Bréfritari: Stefanía Siggeirsdóttir
Viðtakandi: Páll Pálsson
Dagsetning: A-1865-06-05
Skrifað á: Hraungerði  Árn.
Stefanía var bróðurdóttir Páls Pálssonar

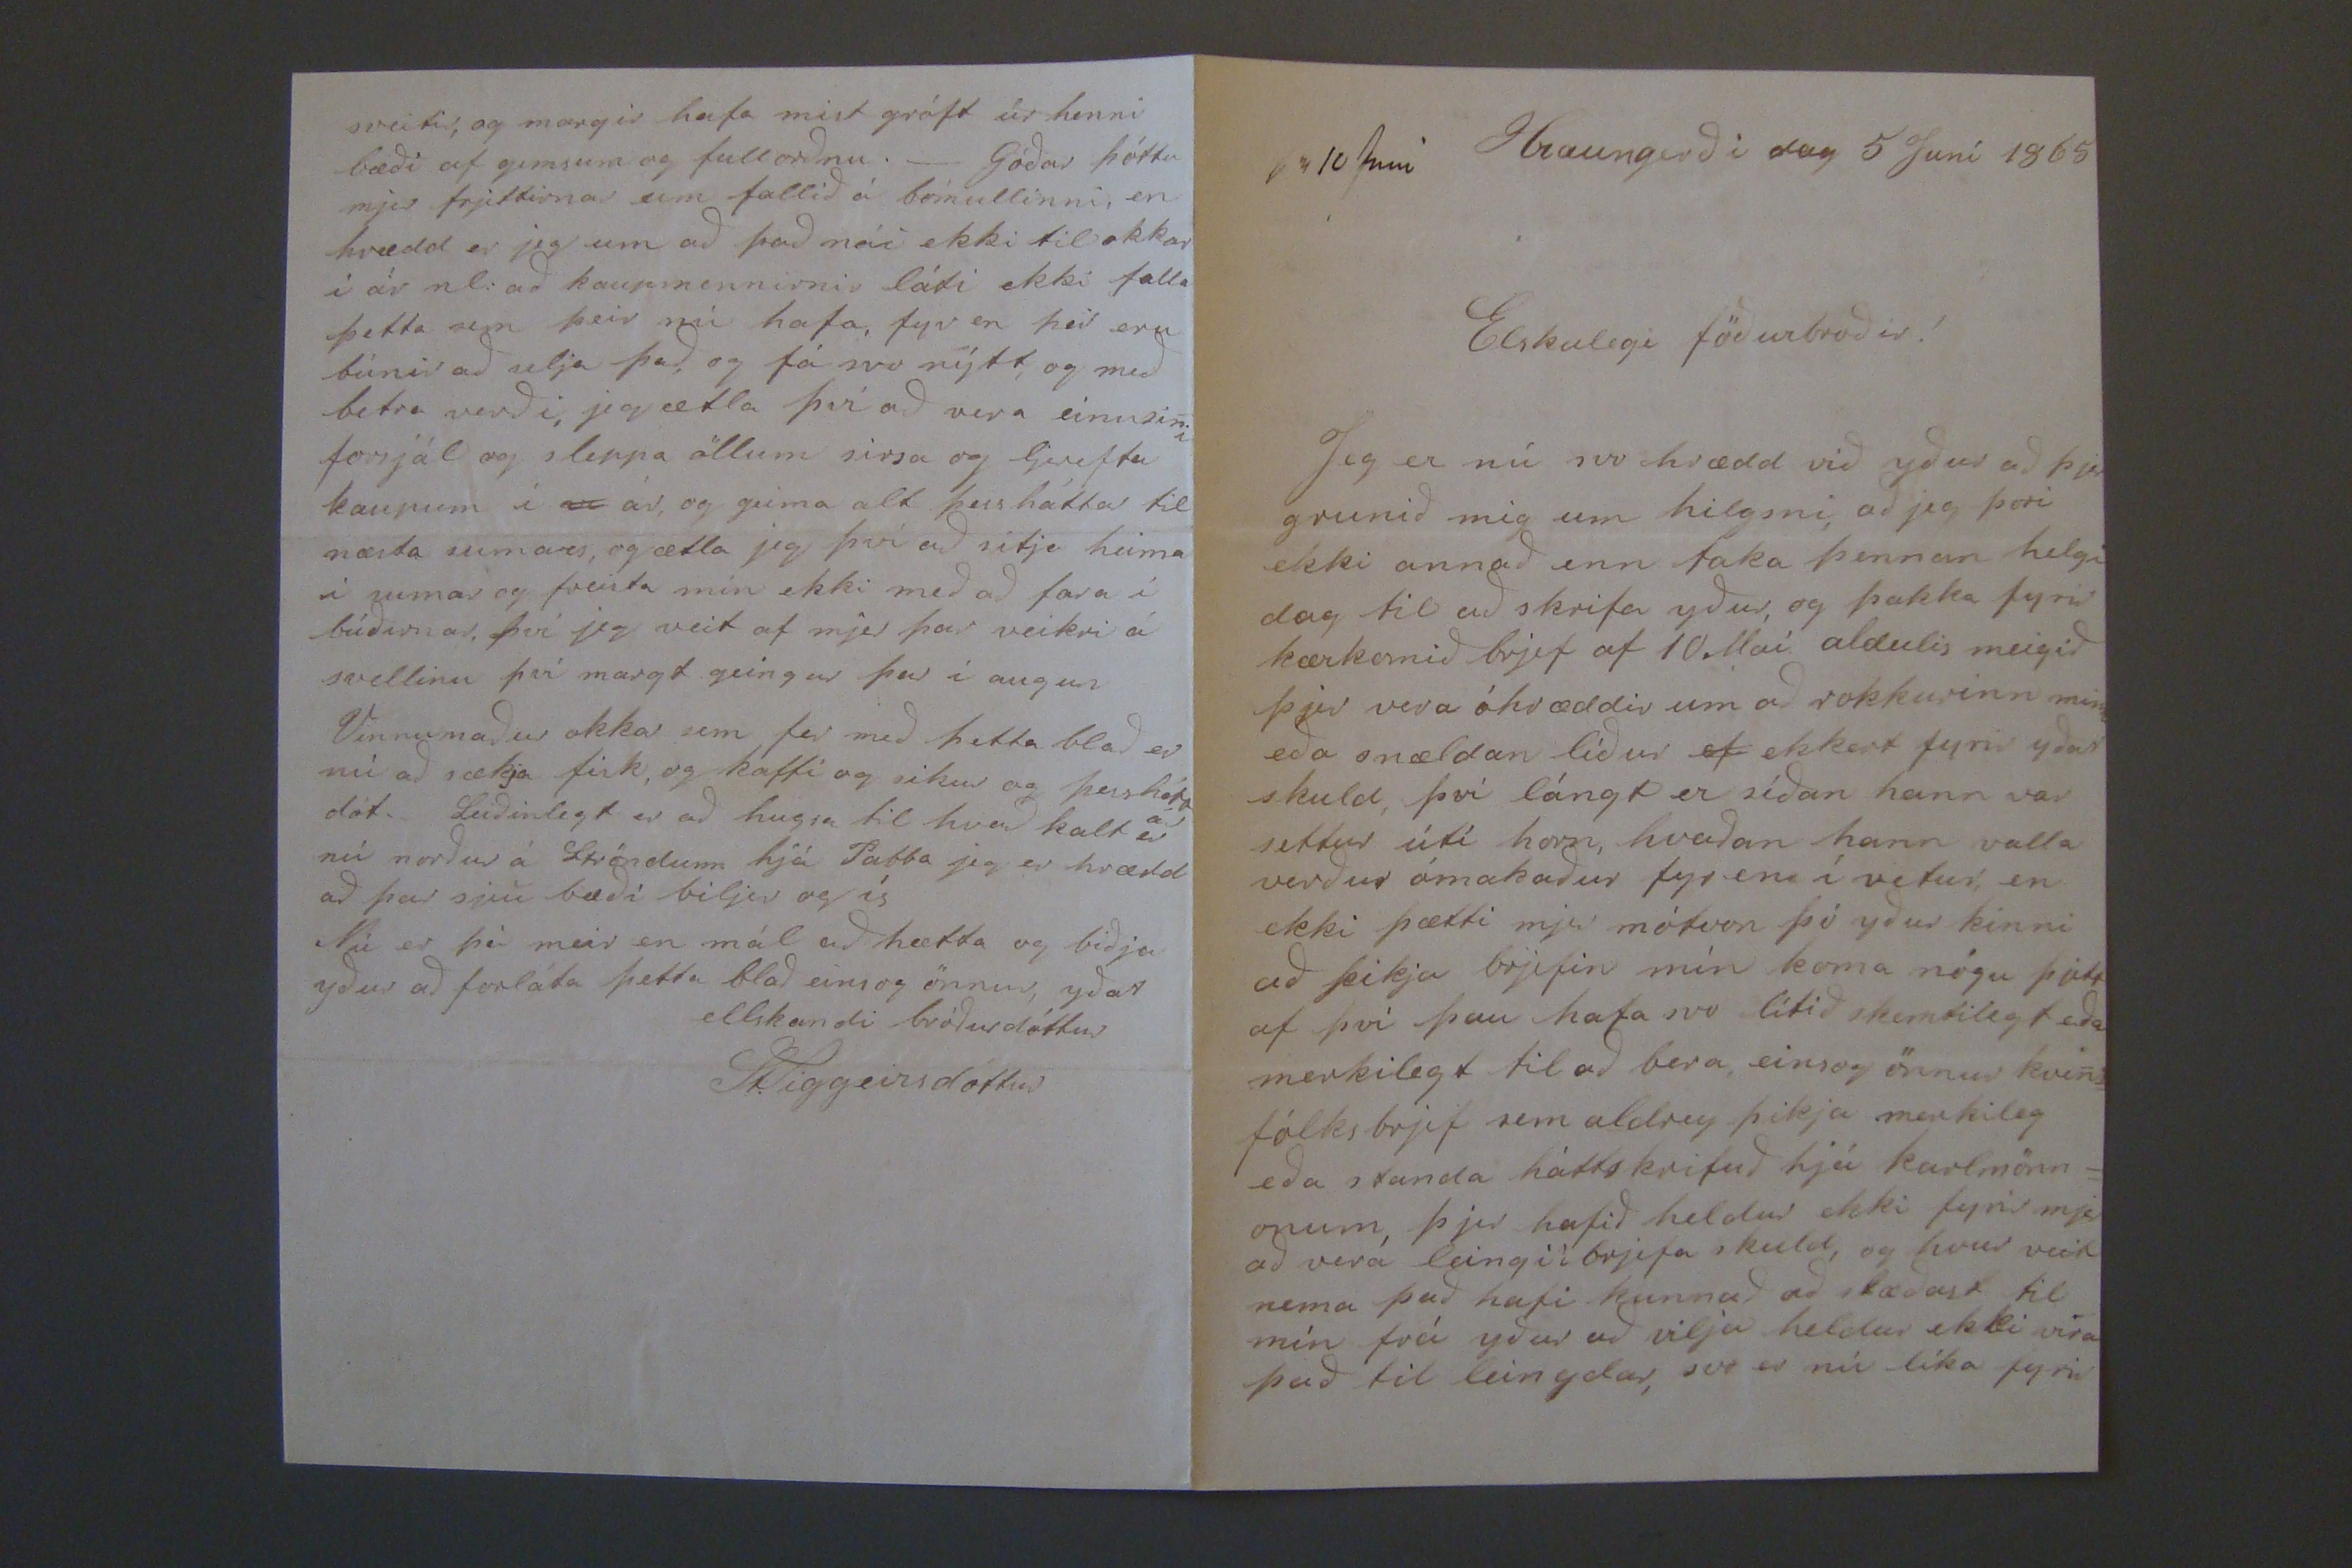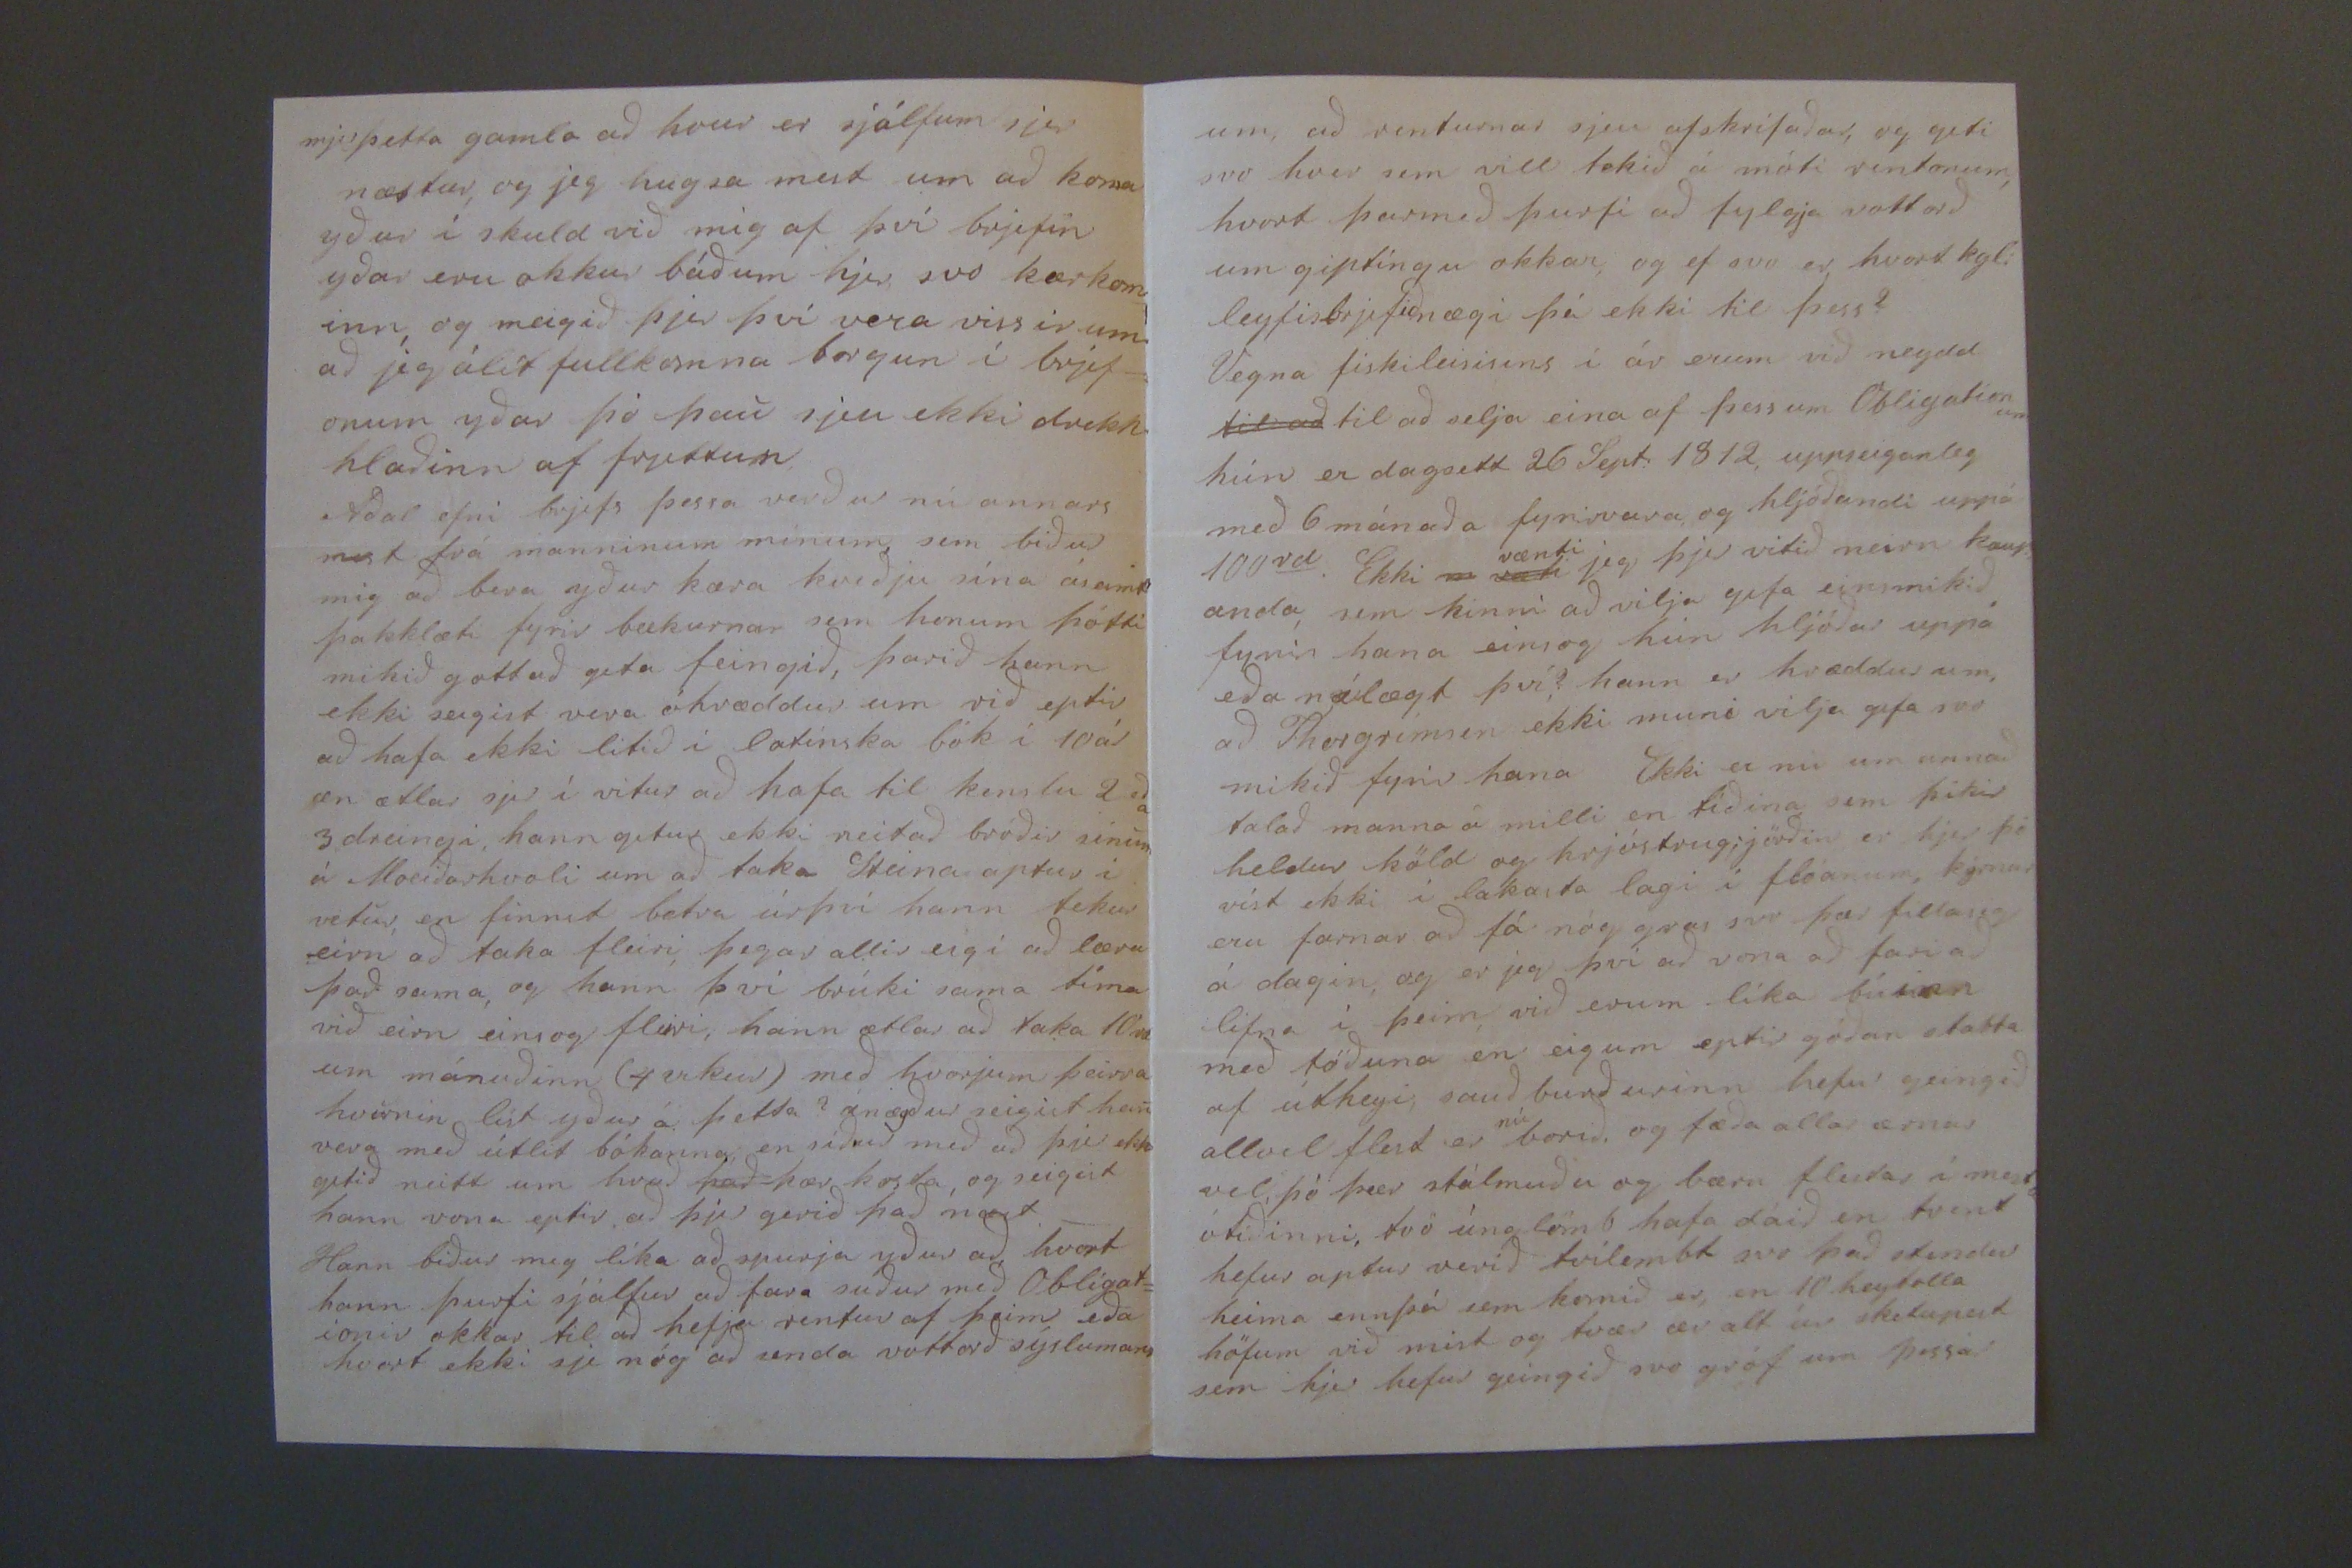

sv 10 juni Hraungerði dag 5 Juní 1865
Elskulegi föðurbroðir!
Jeg er nú svo hrædd við yður að þjer grunið mig um hilgsni, að jeg þori ekki annað enn taka þennan helgi dag til að skrifa yður, og þakka fyrir kærkomið brjef af 10 Maí aldeilis meigið þjer vera óhræddir um að rokkurinn minn eða onældan líður
ef
ekkert fyrir yðar skuld, því lángt er síðan hann var settur útí horn, hvaðan hann valla verður ómakaður fyren í vetur, en ekki þætti mjer mótvon þó yður kinni að þikja brjefin mín koma nógu þjett af því au hafa svo lítið skemtilegt eða merkilegt til að bera einsog önnur kven= fólks brjef sem aldrey þikja merkileg eða standa háttskrifuð hjá karlmönn= onum, þjer hafið heldur ekki fyrir mjer að vera leingi í brjefa skuld, og hvur veit nema það hafi kunnað að slæðast til mín frá yður að vilja heldur ekki vera það til leingdar, svo er nú líka fyrir
mjer þetta gamla að hvur er sjálfum sjer næstur, og jeg hugsa mest um að koma yður í skuld við mig af því brjefin yðar eru okkur báðum hjer, svo kærkom= inn og meigið þjer því vera vissir um að jeg álít fullkomna borgun í brjef= onum yðar þó þau sjeu ekki drekk hlaðinn af frjettum Aðal efni brjefs þessa verður nú annars mest frá manninum mínum sem biður mig að bera yður kæra kveðju sína ásamt þakklæti fyrir bækurnar sem honum þótti mikið gott að geta feingið, þarið hann ekki seigist vera óhræddur um við eptir að hafa ekki litið í latínska bók í 10 ár en ætlar sjer í vitur að hafa til kenslu 2 eða 3 dreingi, hann getur ekki neitað bróðir sínum á Moeiðarhvoli um að taka Steina aptur í vetur, en finnst betra úrþví hann tekur eirn að taka fleiri, þegar allir eigi að læra það sama, og hann því brúki sama tíma við eirn einsog fleiri, hann ætlar að taka 10
rd
um mánuðinn (4 vikur) með hverjum þeirra hvurnin líst yður á þetta? ánægður seigist han vera með útlit bókanna en síður með að þu ekki getið neitt um hvað
þad
þær kosta, og seigist hann vona eptir, að þú gerið það næst._ Hann biður mig líka að spurja yður að hvort hann þurfi sjálfur að fara suður með Obligat= ionir okkar til að hefja rentur af þeim eða hvort ekki sje nóg að senda vottorð sýslumans
um að renturnar sjeu afskrifaðar, og geti svo hver sem vill tekið á móti rentonum, hvort þar með þurfi að fylgja vottorð um giptíngu okkar, og ef svo er hvort kgl: leyfisbrjefið nægi þá ekki til þess? Vegna fiskileisisins í ár erum við neydd
til að
til að selja eina af þessum Obilgationum hún er dagsett 26 Sept: 1812, uppseiganleg með 6 mánaða fyrirvara, og hljóðandi uppá 100
rd
. Ekki
m væti
vænti
jeg þjer vitið neirn kaup= anda, sem kinni að vilja gefa einsmikið fyrir hana einsog hún hljóðar uppá eða nálægt því? hann er hræddur um að Thorgrímsen ekki muni vilja gefa svo mikið fyrir hana Ekki er nú um annað talað manna á milli en tíðina sem þikir heldur köld og hrjóstrugjörðin er hjer þó víst ekki í lakasta lagi í flóanum, kýrnar eru farnar að fá nóg gras svo þær filla sig á dagin, og er jeg því að vona að fari að lifna í þeim, við erum líka búinn með töðuna en eigum eptir góðan slatta af útheyi, sauð burðurinn hefur geingið allvel flest er
nú
borið, og fæða allar ærnar vel, þó þær stálmuðu og bæru flestar í mestu ótíðinni, tvö úng lömb hafa dáið en tvent hefur aptur verið tvílembt svo það stendur heima ennþá sem komið er en 10 hey
bolla
höfum við mist og tvær ær alt úr skitupest sem hjer hefur geingið svo gróf um þessar
sveitir, og margir hafa mist gróft úr henni bæði af gemsum og fullorðnu._ Góðar þóttu mjer frjettirnar um fallið á bómullinni, en hrædd er jeg um að það nái ekki til okkar í ár nl: að kaupmennirnir láti ekki falla þetta sem þeir nú hafa, fyr en þeir eru búnir að selja það, og fá svo nýtt, og með betra verði, jeg ætla því að vera einusini forsjál og sleppa öllum
sirsa og ljereftu
kaupum í
ar
ár, og geima alt þess háttar til næsta sumars, og ætla jeg því að sitja heima í sumar og freista mín ekki með að fara í búðirnar, því jeg veit af mjer þar veikri á svellinu því margt geíngur þar í augun Vinnumaður okkar sem fer með þetta blað er nú að sækja fisk, og kaffi og sikur og þessháttar dót. Leiðinlegt er að hugsa til hvað kalt er nú norður á Ströndum hjá Pabba jeg er hrædd að þar sjeu bæði biljir og ís Nú er þó meir en mál að hætta og biðja yður að forláta þetta blað einsog önnur, yðar
ellskandi bródurdóttur
St. Siggeirsdóttir